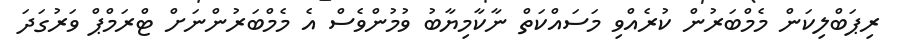
ރިޕަބްލިކަން މެމްބަރުން ކުރެއްވި މަސައްކަތް ނާކާމިޔާބު ވުމުންވެސް އެ މެމްބަރުންނަށް ޓްރަމްޕް ވަރުގަދަ